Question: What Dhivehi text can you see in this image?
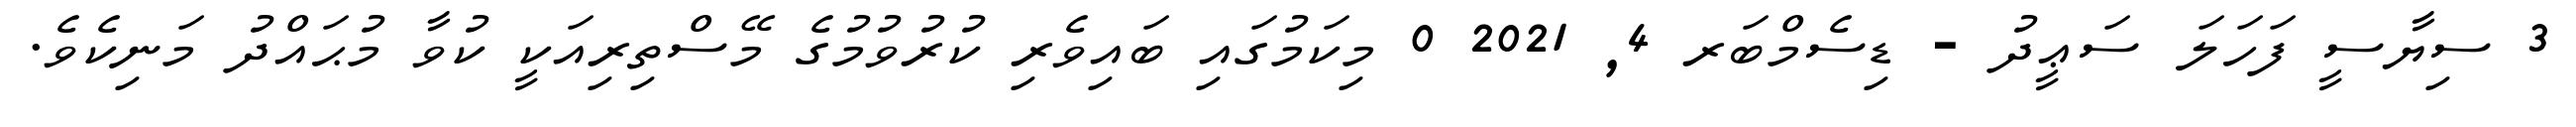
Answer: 3 ސިޔާސީ ފަހަލަ ސަޢީދު - ޑިސެމްބަރ 4, 2021 0 މިކަމުގައި ބައިވެރި ކުރުވުމުގެ މޭސްތިރިއަކީ ކުވާ މުޙައްދު މަނިކެވެ.